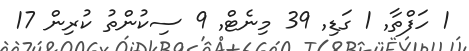
1 ހަފްތާ